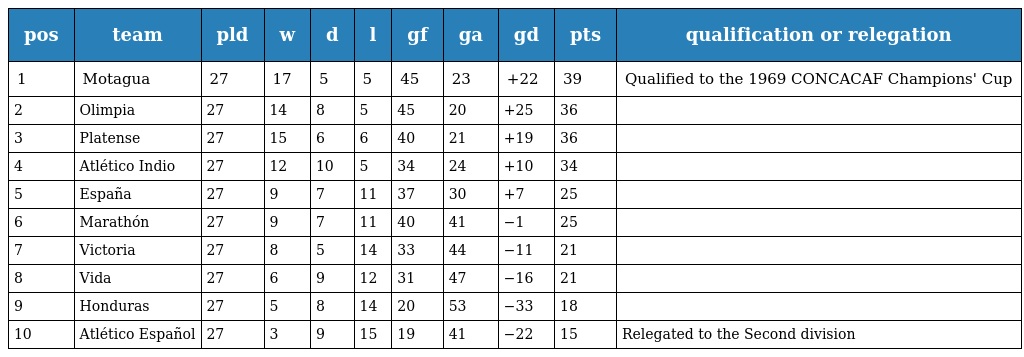
| pos | team | pld | w | d | l | gf | ga | gd | pts | qualification or relegation |
 | --- | --- | --- | --- | --- | --- | --- | --- | --- | --- | --- |
 | 1 | Motagua | 27 | 17 | 5 | 5 | 45 | 23 | +22 | 39 | Qualified to the 1969 CONCACAF Champions' Cup |
 | 2 | Olimpia | 27 | 14 | 8 | 5 | 45 | 20 | +25 | 36 |  |
 | 3 | Platense | 27 | 15 | 6 | 6 | 40 | 21 | +19 | 36 |  |
 | 4 | Atlético Indio | 27 | 12 | 10 | 5 | 34 | 24 | +10 | 34 |  |
 | 5 | España | 27 | 9 | 7 | 11 | 37 | 30 | +7 | 25 |  |
 | 6 | Marathón | 27 | 9 | 7 | 11 | 40 | 41 | −1 | 25 |  |
 | 7 | Victoria | 27 | 8 | 5 | 14 | 33 | 44 | −11 | 21 |  |
 | 8 | Vida | 27 | 6 | 9 | 12 | 31 | 47 | −16 | 21 |  |
 | 9 | Honduras | 27 | 5 | 8 | 14 | 20 | 53 | −33 | 18 |  |
 | 10 | Atlético Español | 27 | 3 | 9 | 15 | 19 | 41 | −22 | 15 | Relegated to the Second division |